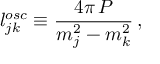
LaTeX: l _ { j k } ^ { o s c } \equiv \frac { 4 \pi \, P } { m _ { j } ^ { 2 } - m _ { k } ^ { 2 } } \, ,